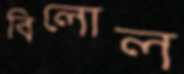
বিলোল